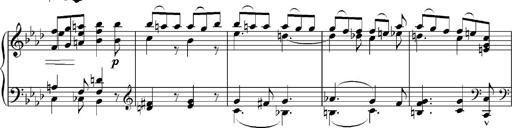
Title: Sonatina No.5
Composer: Otto Stoll
Key: F-sharp minor